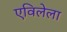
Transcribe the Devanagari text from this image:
एविलेला